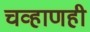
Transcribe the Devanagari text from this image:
चव्हाणही